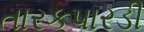
તારકપારડી